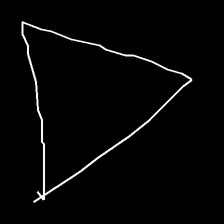
Glyph: convergence